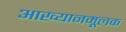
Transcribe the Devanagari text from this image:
आख्यानमूलक